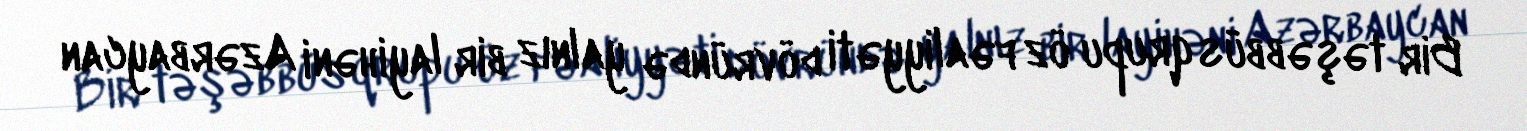
Bir təşəbbüs qrupu öz fəaliyyəti dövründə yalnız bir layihəni Azərbaycan